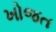
ખોજત